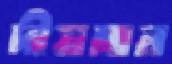
দীয়মান